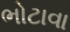
ભોટાવા